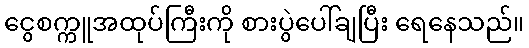
ငွေစက္ကူအထုပ်ကြီးကို စားပွဲပေါ်ချပြီး ရေနေသည်။